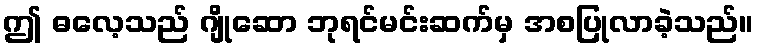
ဤ ဓလေ့သည် ဂျိုဆော ဘုရင်မင်းဆက်မှ အစပြုလာခဲ့သည်။